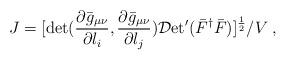
LaTeX: \begin{align*}J= [ \det({\partial \bar g_{\mu\nu} \over \partial l_i}, {\partial \bar g_{\mu\nu} \over \partial l_j}) {\cal D}\mbox{et}' (\bar F^\dagger \bar F) ]^{1\over 2} / V \; ,\end{align*}